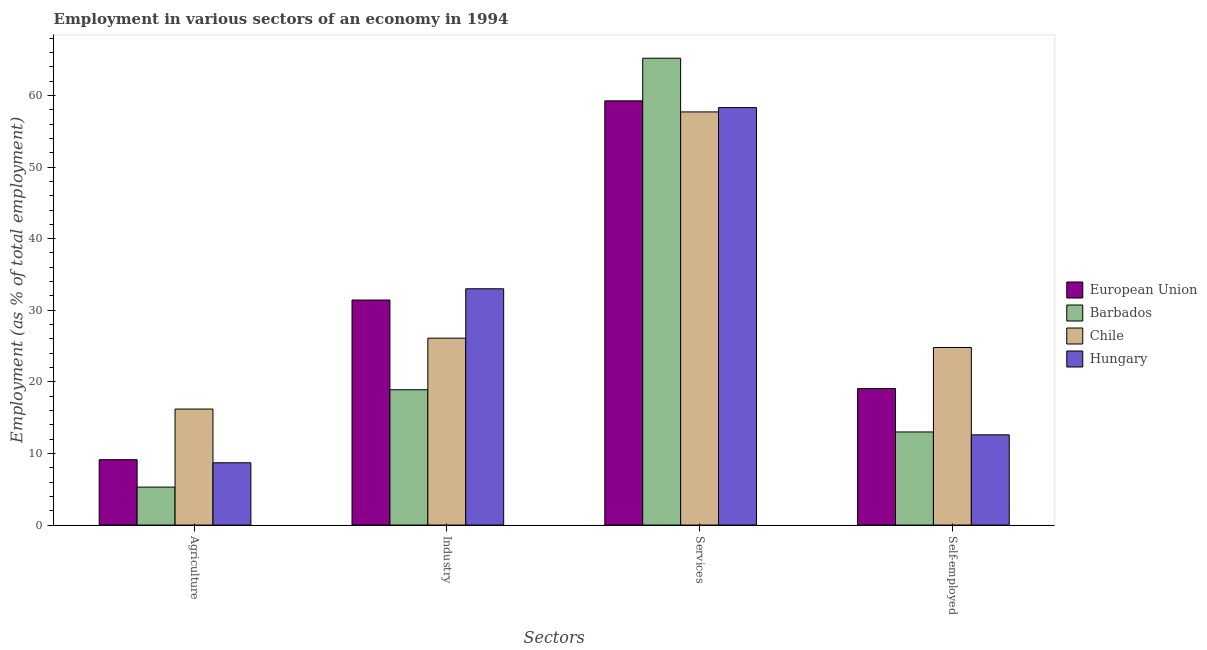
| Sectors | European Union | Barbados | Chile | Hungary |
 | --- | --- | --- | --- | --- |
 | Agriculture | 9.13 | 5.3 | 16.2 | 8.7 |
 | Industry | 31.4 | 18.9 | 26.1 | 33 |
 | Services | 59.2 | 65.2 | 57.7 | 58.3 |
 | Self-employed | 19.1 | 13 | 24.8 | 12.6 |